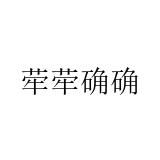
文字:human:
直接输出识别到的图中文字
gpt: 荦荦确确